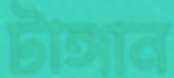
টাঙ্গান